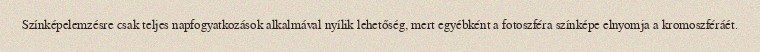
Színképelemzésre csak teljes napfogyatkozások alkalmával nyílik lehetőség, mert egyébként a fotoszféra színképe elnyomja a kromoszféráét.